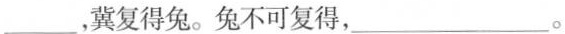
___，冀复得兔。兔不可复得，___。